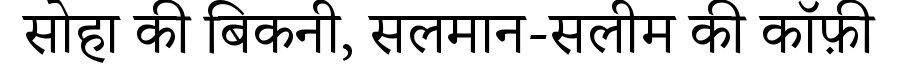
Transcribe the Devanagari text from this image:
सोहा की बिकनी, सलमान-सलीम की कॉफ़ी